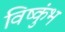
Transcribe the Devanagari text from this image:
विष्कुंभ